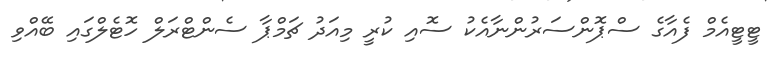
ޓީޓީއެމް ފެއާގެ ސްޕޮންސަރުންނާއެކު ސޮއި ކުރީ މިއަދު ޗަމްޕާ ސެންޓްރަލް ހޮޓެލްގައި ބޭއްވި